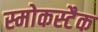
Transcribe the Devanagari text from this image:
स्मोकस्टैक